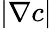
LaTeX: |\nabla c|